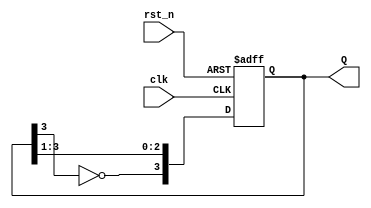
module johnson_counter #(parameter N = 4) (
    input clk,          // Clock signal
    input rst_n,       // Active-low asynchronous reset
    output reg [N-1:0] Q // Output counter value
);

    // Combinational logic to compute the next state
    wire next_Q0 = ~Q[N-1]; // Inverted output of the last flip-flop

    always @(posedge clk or negedge rst_n) begin
        if (!rst_n) begin
            // Asynchronous reset to zero
            Q <= 0;
        end else begin
            // Shift the current state
            Q <= {next_Q0, Q[N-1:1]};
        end
    end

endmodule